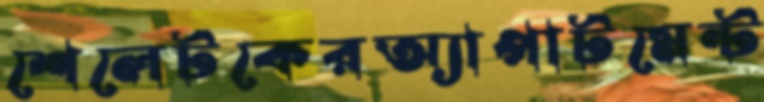
শেলেটকেরঅ্যাপার্টমেন্ট